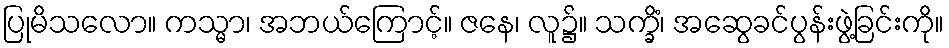
ပြုမိသလော။ ကသ္မာ၊ အဘယ်ကြောင့်။ ဇနေ၊ လူ၌။ သက္ခိံ၊ အဆွေခင်ပွန်းဖွဲ့ခြင်းကို။